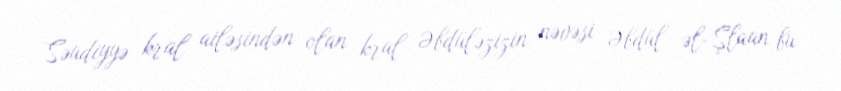
Səudiyyə kral ailəsindən olan kral Əbdüləzizin nəvəsi Əbdül əl-Şlaan bu